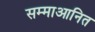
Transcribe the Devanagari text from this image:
सम्माआनित